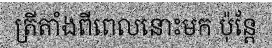
ត្រីតាំងពីពេលនោះមក ប៉ុន្តែ